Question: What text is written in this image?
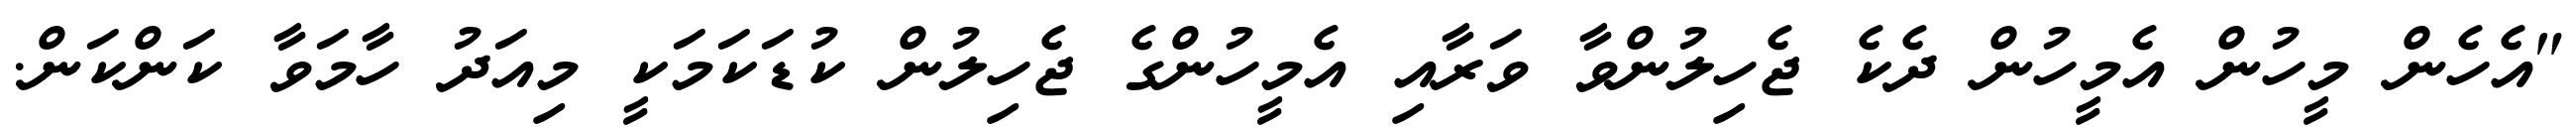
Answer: "އެހެން މީހުން އެމީހުން ދެކެ ޖެހިލުންވާ ވަރާއި އެމީހުންގެ ޖެހިލުން ކުޑަކަމަކީ މިއަދު ހާމަވާ ކަންކަން.